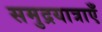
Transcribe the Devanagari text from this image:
समुद्रयात्राएँ